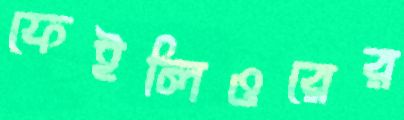
ফেইলিওরের